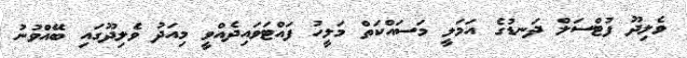
ވެލިދޫ ފުޓްސަލް ދަނޑުގެ އަމަލީ މަސައްކަތް މަލީހު ފައްޓަވައިދެއްވީ މިއަދު ވެލިދޫގައި ބޭއްވުނު